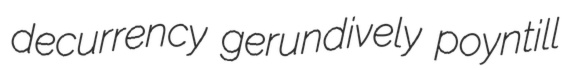
decurrency gerundively poyntill